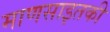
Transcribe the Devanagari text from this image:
माणसाइतकी